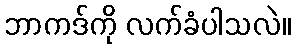
ဘာကဒ်ကို လက်ခံပါသလဲ။